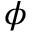
\phi